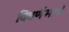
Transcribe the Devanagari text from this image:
विवर्णभावं